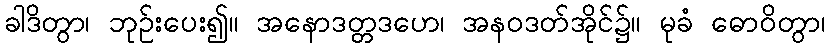
ခါဒိတွာ၊ ဘုဉ်းပေး၍။ အနောဒတ္တဒဟေ၊ အနဝဒတ်အိုင်၌။ မုခံ ဓောဝိတွာ၊